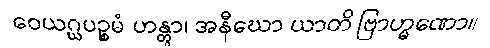
ဝေယဂ္ဃပဉ္စမံ ဟန္တွာ၊ အနီဃော ယာတိ ဗြာဟ္မဏော။